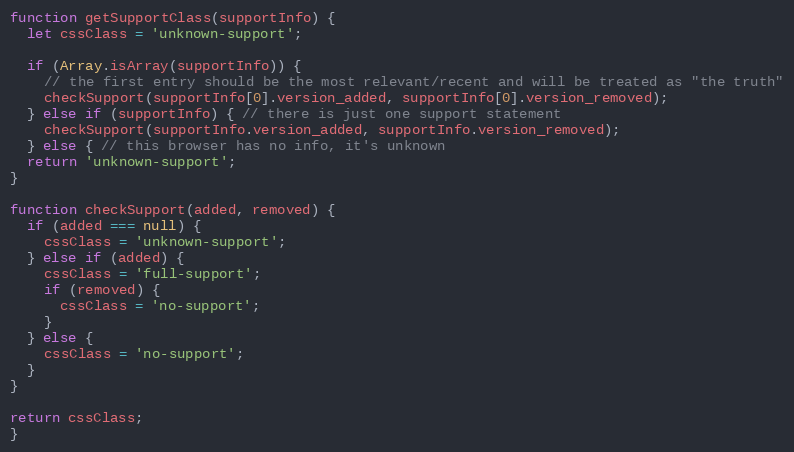
Language: JavaScript
function getSupportClass(supportInfo) {
  let cssClass = 'unknown-support';

  if (Array.isArray(supportInfo)) {
    // the first entry should be the most relevant/recent and will be treated as "the truth"
    checkSupport(supportInfo[0].version_added, supportInfo[0].version_removed);
  } else if (supportInfo) { // there is just one support statement
    checkSupport(supportInfo.version_added, supportInfo.version_removed);
  } else { // this browser has no info, it's unknown
  return 'unknown-support';
}

function checkSupport(added, removed) {
  if (added === null) {
    cssClass = 'unknown-support';
  } else if (added) {
    cssClass = 'full-support';
    if (removed) {
      cssClass = 'no-support';
    }
  } else {
    cssClass = 'no-support';
  }
}

return cssClass;
}